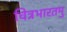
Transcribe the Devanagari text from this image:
चित्रभारतमु